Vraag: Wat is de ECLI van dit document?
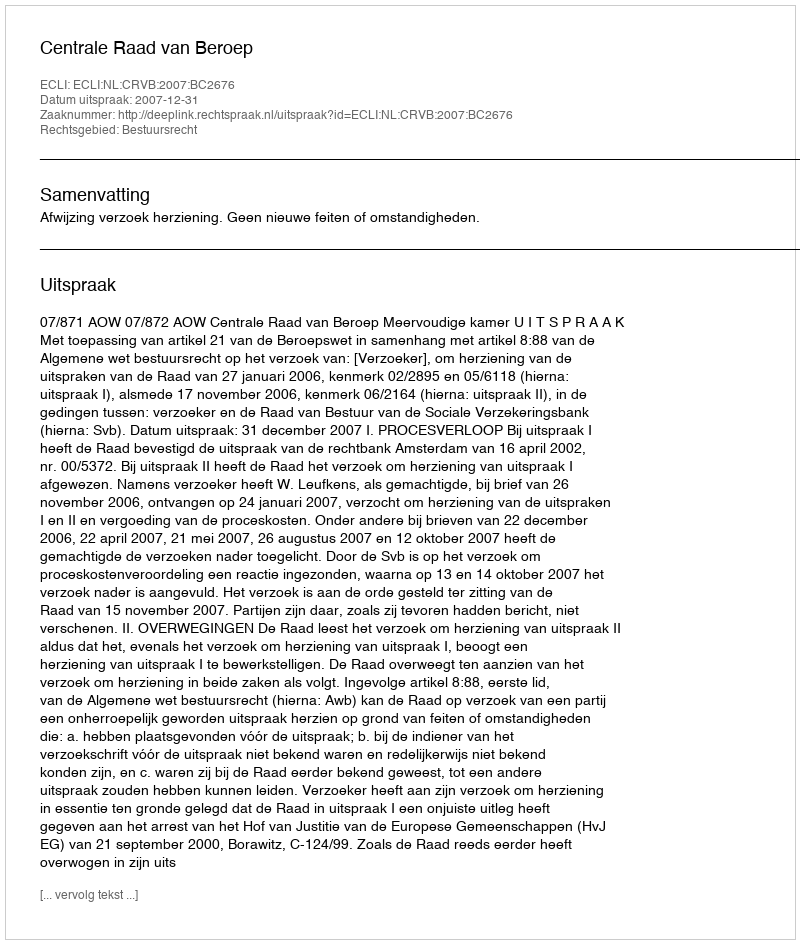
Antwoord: ECLI:NL:CRVB:2007:BC2676